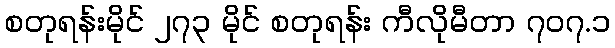
စတုရန်းမိုင် ၂၇၃ မိုင် စတုရန်း ကီလိုမီတာ ၇၀၇.၁